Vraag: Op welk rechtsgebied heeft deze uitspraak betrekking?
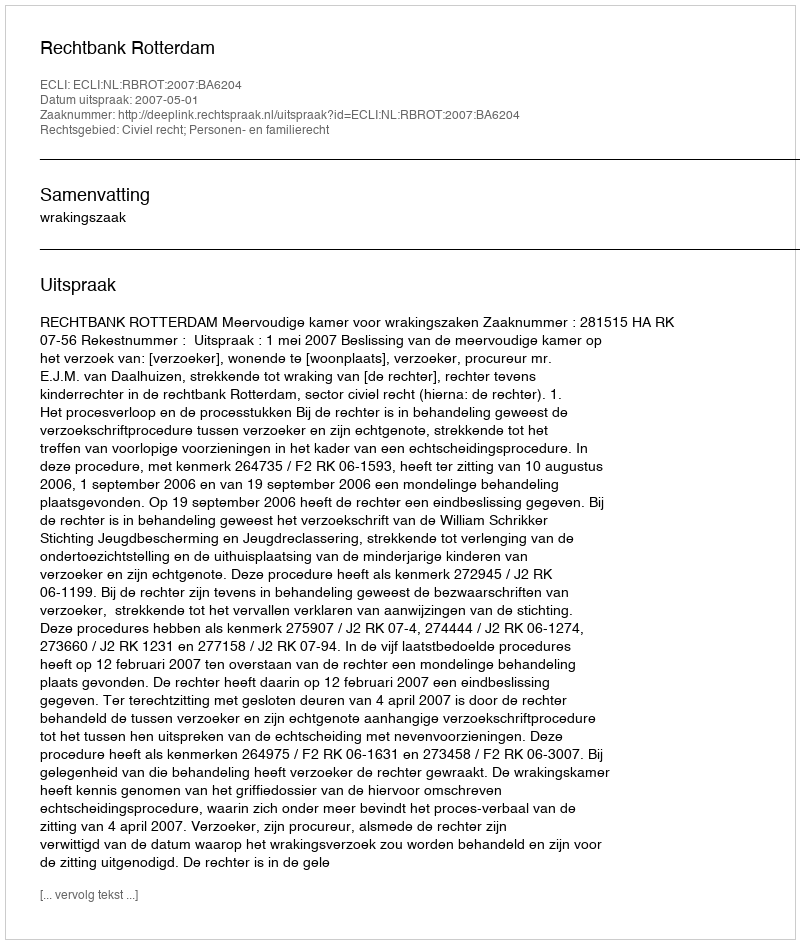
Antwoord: Civiel recht; Personen- en familierecht